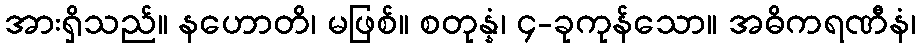
အားရှိသည်။ နဟောတိ၊ မဖြစ်။ စတုန္နံ၊ ၄-ခုကုန်သော။ အဓိကရဏီနံ၊